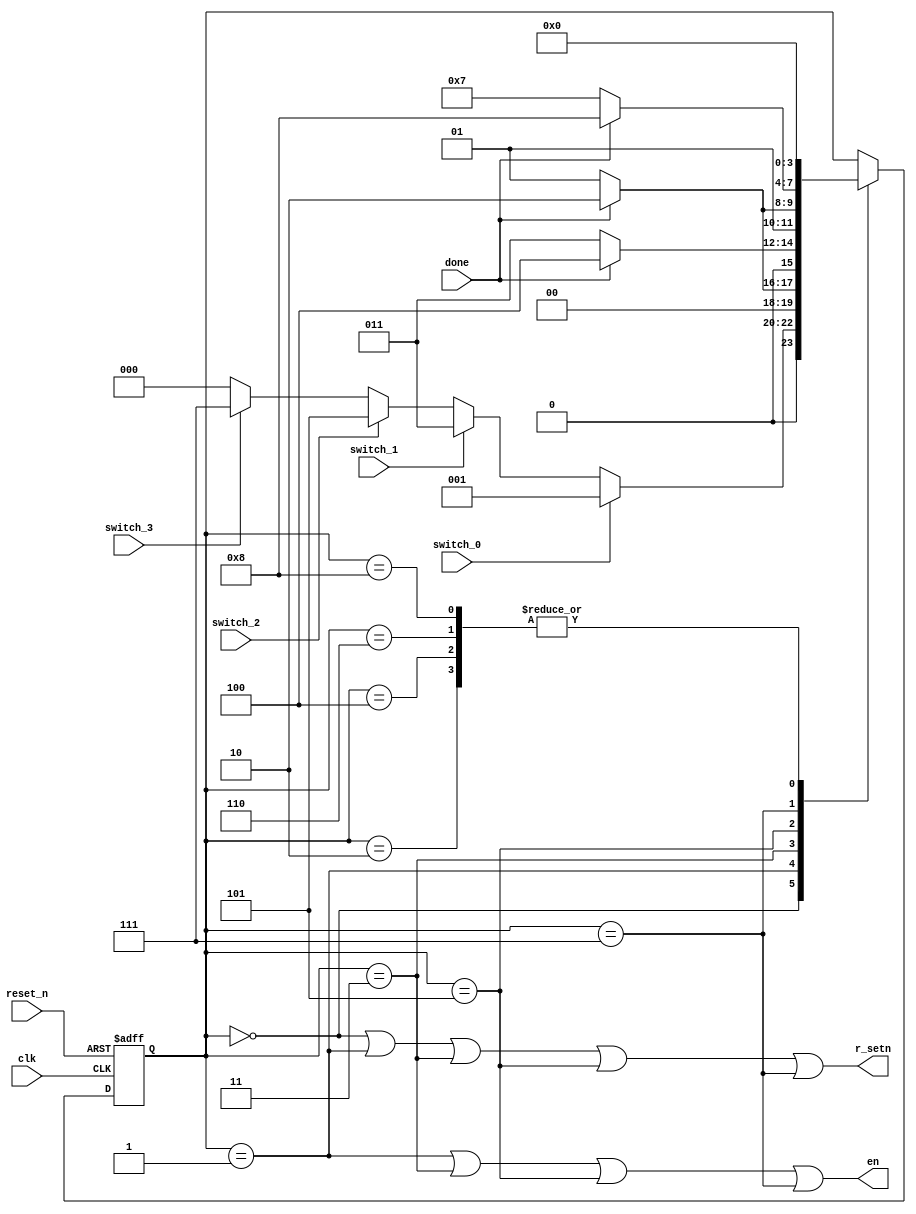
`timescale 1ns / 1ps
//////////////////////////////////////////////////////////////////////////////////
// Company: 
// Engineer: 
// 
// Design Name: 
// Module Name: code_fsm
// Project Name: 
// Target Devices: 
// Tool Versions: 
// Description: 
// 
// Dependencies: 
// 
// Revision:
// Revision 0.01 - File Created
// Additional Comments:
// 
//////////////////////////////////////////////////////////////////////////////////


module code_fsm(
input clk,
input reset_n,
input switch_0, switch_1, switch_2, switch_3,
input done,

output en,
output r_setn
    );
    
    reg [3:0] state_reg, state_next; // Need have enough bits of reg to fit 
                                     // the amount of states 
    localparam s0 = 0;
    localparam s1 = 1;
    localparam s2 = 2;
    localparam s3 = 3;
    localparam s4 = 4;
    localparam s5 = 5;
    localparam s6 = 6;
    localparam s7 = 7;
    localparam s8 = 8;
   
  
    
    // State register
    always @(posedge clk, negedge reset_n)
    begin
        if (~reset_n)
            state_reg <= s0;
        else
            state_reg <= state_next;
    end
    
    // Next state logic
    always @(*)
    begin
        state_next = state_reg; // Need this; is very important 
                                // this sets the state_next if the state_next is not 
                                // writen in the code 
                                // This is different from the default code at bottom of code 
        case(state_reg)
            s0: if(switch_0)
                   state_next = s1;
                else if(switch_1)
                    state_next = s3;
                else if(switch_2)
                    state_next = s5;
                else if(switch_3)
                    state_next = s7;
                else 
                    state_next = s0;  
                           
            s1: if(done)
                    state_next = s2;
                else 
                    state_next = s1;
            
            s2: state_next = s0;
                
            s3: if(done)
                    state_next = s4;
                else 
                    state_next = s3;
            
            s4: state_next = s0;
                 
            s5: if(done)
                    state_next = s6;
                else 
                    state_next = s5;
                    
            s6: state_next = s0;
            
            s7: if(done)
                    state_next = s8;
                else 
                    state_next = s7;
             
            s8: state_next = s0;
                         
            default: state_next = state_reg;            
        endcase
    end
    
    // Output logic
   assign en = (state_reg == s1) | (state_reg == s3) | (state_reg == s5) | (state_reg == s7);
   
   assign r_setn = (state_reg == s0) | (state_reg == s1) | (state_reg == s3) | (state_reg == s5) | (state_reg == s7);
   
endmodule